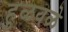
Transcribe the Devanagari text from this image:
हुळवळे